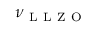
\nu _ { \mathrm { ~ L ~ L ~ Z ~ O ~ } }